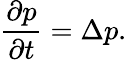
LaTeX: {\frac{\partial p}{\partial t}}=\Delta p.